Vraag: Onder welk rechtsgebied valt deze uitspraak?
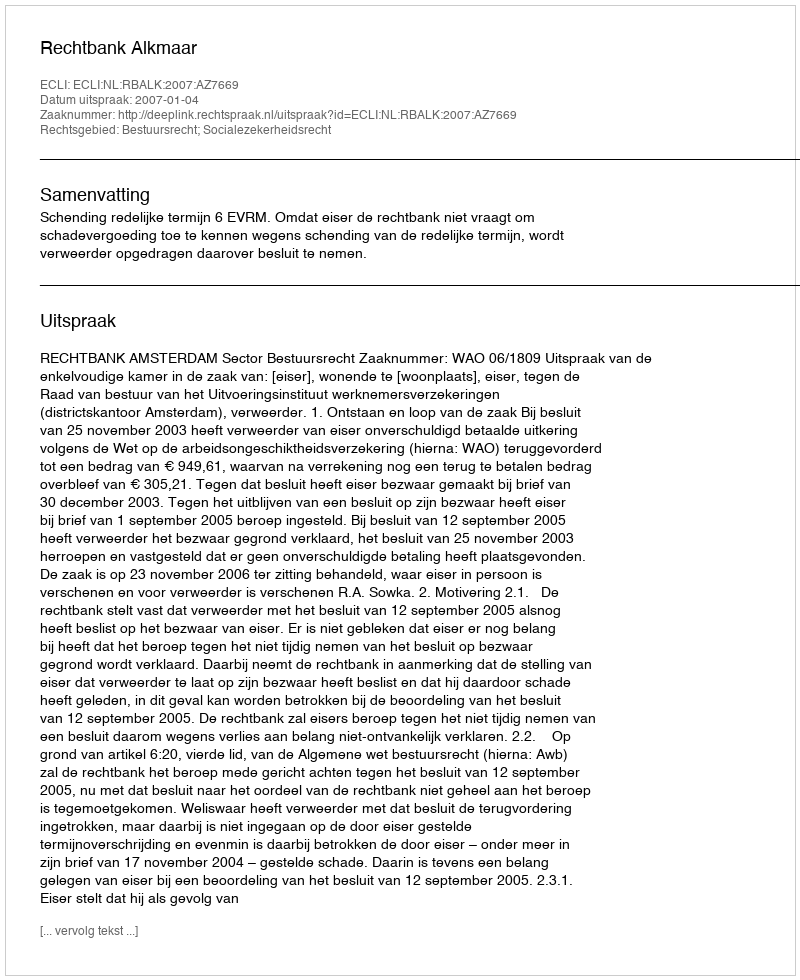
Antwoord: Bestuursrecht; Socialezekerheidsrecht